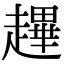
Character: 䟆